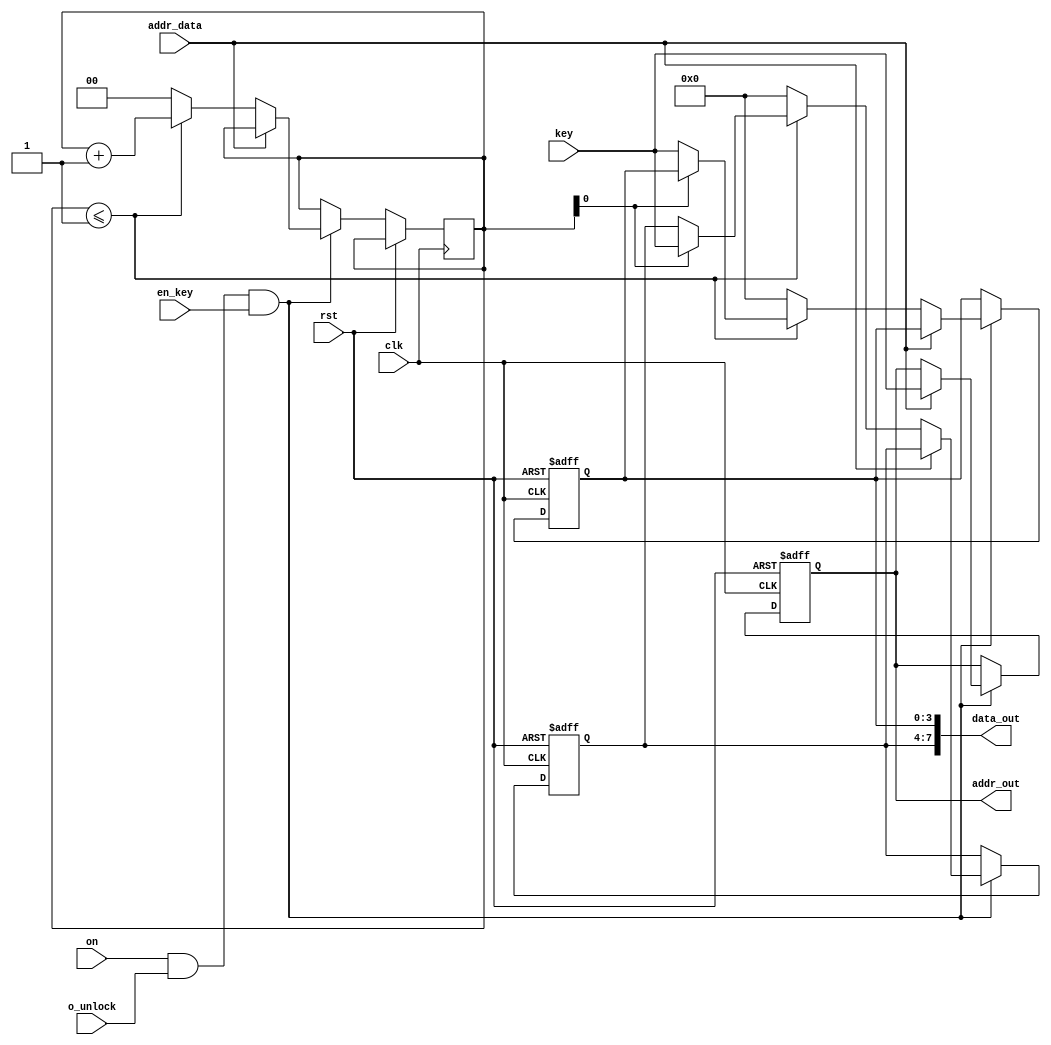
module data_in(
input clk,
input rst,
input o_unlock,
input [3:0] key,
input on,
input en_key,
input addr_data,
output reg [3:0] addr_out,
output [7:0] data_out);

reg [3:0] data_out_temp [1:0];
reg [1:0] count = 0;



always@(posedge clk or posedge rst)
begin
	if(rst)
		begin
			addr_out <= 4'h0;
			data_out_temp[0] <= 4'h0;
			data_out_temp[1] <= 4'h0;
		end
else
begin	
	if(on && o_unlock && en_key)
		 begin
		  if(addr_data)
				begin
					addr_out <= key;
					//data_out_temp[0] <= data_out_temp[0];
					//data_out_temp[1] <= data_out_temp[1];
				end
		  else
				begin
					if(count <= 1)
						begin
							data_out_temp[count] <= key;
							count <= count+1;
						end
					else
						begin
							count <= 0;
							  data_out_temp[0] <= 4'h0;
							  data_out_temp[1] <= 4'h0;
					   end
				 end
			end
	else
	 begin
			addr_out <= addr_out;
			data_out_temp[0] <= data_out_temp[0];
			data_out_temp[1] <= data_out_temp[1];
	 end		 
end
end

	
assign data_out[3:0] = data_out_temp[0];
assign data_out[7:4] = data_out_temp[1];

endmodule